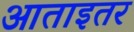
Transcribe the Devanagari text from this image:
आताइतर